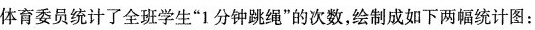
体育委员统计了全班学生”1分钟跳绳”的次数，绘制成如下两幅统计图：